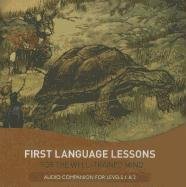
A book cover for First Language Lessons for the Well-Trained Mind: Audio Companion for Levels 1 & 2 (Second Edition); Jessie Wise; Education & Teaching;